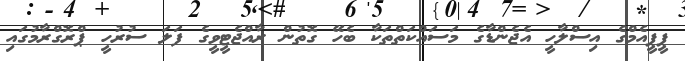
ޕީޕީއެމްގެ އިސްލާހީ އެޖެންޑާގެ މަސައްކަތްތަކާ ބެހޭ ގޮތުން ރާއްޖެޓީވީގެ ފަލަ ސުރުހީ ޕްރޮގްރާމުގައި